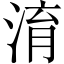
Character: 淯